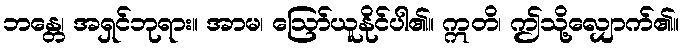
ဘန္တေ၊ အရှင်ဘုရား။ အာမ၊ ဩော်ယူနိုင်ပါ၏။ ဣတိ၊ ဤသို့လျှောက်၏။